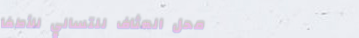
محل العثاف للتسالي للأطفا